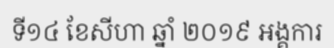
ទី១៤ ខែសីហា ឆ្នាំ ២០១៩ អង្គការ